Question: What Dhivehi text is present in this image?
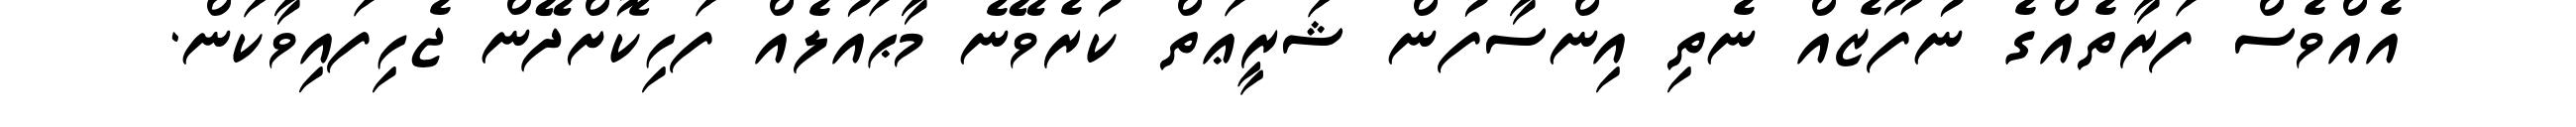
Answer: އެއްވެސް ފަރާތެއްގެ ނުފޫޒެއް ނެތި އިންސާފުން ޝަރީޢަތް ކުރެވޭނެ މާޙައުލެއް ފަހިކޮށްދޭން ޖެހިފައިވާކަން.